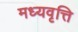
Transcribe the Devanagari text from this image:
मध्यवृत्ति